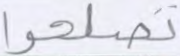
تصلحوا